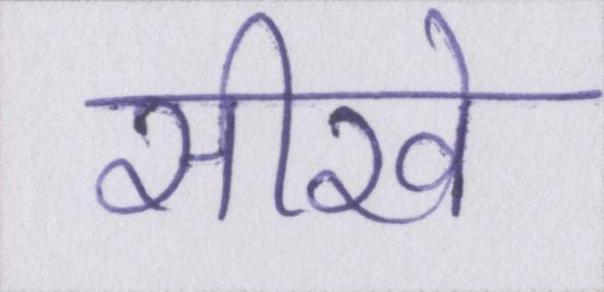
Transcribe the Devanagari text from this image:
सीखे